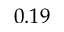
0 . 1 9